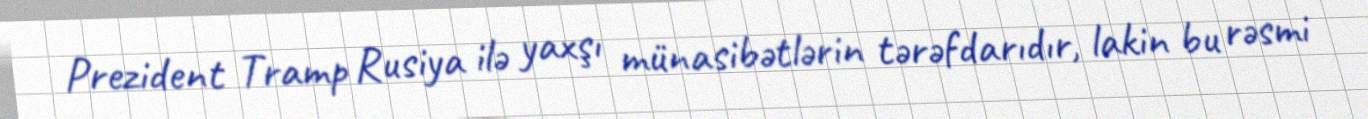
Prezident Tramp Rusiya ilə yaxşı münasibətlərin tərəfdarıdır, lakin bu rəsmi